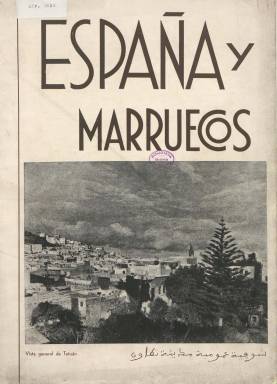
Título: España y Marruecos
Colección: África
Ámbito geográfico: Madrid
Lugar de publicación: Madrid
Fechas: 05/05/1935-07/02/1936

Revista mensual de estudios hispano-marroquíes es el subtítulo de esta publicación, dirigida –y, probablemente, fundada– por el periodista Nicolás Pérez-Muñoz Cerisola, sobrino del también escritor, poeta y periodista malagueño del mismo nombre nacido en 1849. Aunque nace igualmente en Málaga, Pérez-Muñoz Cerisola empieza a editar esta revista a partir de mayo de 1935, cuando viaja a Madrid, después de haber dirigido en Melilla El Cronista (1915), El Popular (1917-1936) y Melilla nueva (1919), en cuya ciudad era propietario de la Imprenta Papelería La Ibérica y presidente de la Asociación de la Prensa. Sólo en su primer número se indica como director artístico de la publicación a Luis Lladó y Fábregas (1874), fotógrafo de origen catalán y especialista en espacios arquitectónicos, quien podría ser el autor de las instantáneas de ese número. Lladó se exiliaría a México en 1939, donde falleció. Hoy existe el Archivo Lladó en la Biblioteca Tomás Navarro Tomás, del Consejo Superior de Investigaciones Científicas (CSIC).

“En estas páginas vamos a vaciar mucho romanticismo, todo el arte que podamos, muchos intereses económicos y, sobre todo, un sentimiento de aproximación intenso, en el orden espiritual y en el aspecto económico, entre los moros de allá y los españoles de aquí”, se señala en el plan de la revista. Se añade en el mismo: “Es conveniente llevarles a Marruecos aquel espíritu árabe que se difunde en muchas poblaciones españolas, y que vuelvan a fraternizar con quienes convivieron siglos. Esta es la acción espiritual que nos conviene realizar en el Marruecos español”. Además, señala que “las corrientes económicas, determinadas por la industria, el comercio y la agricultura, deben desarrollarse en Marruecos y en España de un modo complementario, nunca antagónico”, siendo estos “sencillos puntos de vista” los que tratará –“con toda la libertad de conciencia”– la revista.

Sus entregas son de entre 18 y 28 páginas, compuestas a dos columnas y estampadas en un papel cuché de calidad, que alternará con otro inferior, llevando cada una cubierta ilustrada con una fotografía y el sumario correspondiente. Los pormenorizados pies de foto van escritos en las primeras entregas tanto en castellano como en árabe, usando la grafía de esta lengua. Señala en sus indicaciones el carácter de sus contenidos: “colonización, comercio, industria, cultura, arte, turismo”. Uno de sus primeros textos es una breve descripción de los límites de la Zona del Protectorado Español en Marruecos, acompañada de un croquis; y tratará sobre los puertos comerciales marroquíes, las industrias de la zona española, el ganado lanar, la minería, la pesca o el comercio marroquíes, las instituciones de crédito agrícola, la marcha económica del protectorado, sus vías de comunicación, su geografía, demografía o su sanidad e higiene.

Por otra parte, publica textos sobre la cultura musulmana, su numismática, orfebrería o el folclore rifeño. Abre secciones, como las tituladas Musulmanes ilustres y Notas para un diccionario histórico-geográfico de la zona española de Marruecos, y publicará una serie bajo el epígrafe Recuerdos del Rif Central. También aparecen textos sobre los hebreos en Marruecos, sobre el estrecho de Gibraltar y su túnel, la belleza de la región de Ketama, las comidas morunas o el turismo en Melilla la vieja. Así mismo, publica poemas arábigo-andaluces, algunos traducidos por Emilio García Gómez; y otros contenidos serán los referidos al Madrid árabe, a la Alhambra granadina o al Alcázar sevillano.

La revista no obvia las cuestiones de política africanista, con artículos bajo los epígrafes La política que debe desarrollar España en África, Los errores de la política española en Marruecos o Deberes de política africanista, que firma León Azerrat. Otra serie sobre estas cuestiones es la denominada Opiniones ajenas, en donde aparecen declaraciones, entre otros, de los generales Ricardo Burguete o Francisco Gómez Jordana, ex alto comisario de España en Marruecos.

En cuanto a las destacadas fotografías que publica, muchas de ellas de gran formato, aparecen vistas generales de Tetuán, Granada, Melilla (Zarco,) Ceuta (Rubio), el Generalife, los Jardines de la Alhambra y del Alcázar de Sevilla, o de los Adarves de Granada; así como de las mezquitas de Córdoba, Jeuma Bachá, Sidi-Saidi o de Melilla; o la del jalifa de la zona española de Marruecos o del pilar de abluciones de Lista (Sevilla), entre otras muchas. También inserta dibujos. Como administrador la revista aparece José Martínez Mansilla y como gerente, Federico Pita Espelosín, autor también de algunos de sus textos, que en su mayor parte carecen de firma. La revista decía contar con corresponsales y lectores en varias provincias españolas y del protectorado. Sus inserciones publicitarias son de empresas y comercios con sede en las ciudades del norte de África, como la Compañía Transmediterránea o la de automóviles La Valenciana, establecida en Tetuán y con líneas en las tres regiones del protectorado español. Escasamente conocida entre las revistas africanistas, la última entrega de su colección en la Biblioteca Nacional de España es la número 10, de 7 de febrero de 1936, por lo que con toda probabilidad no cumplió el año de vida.